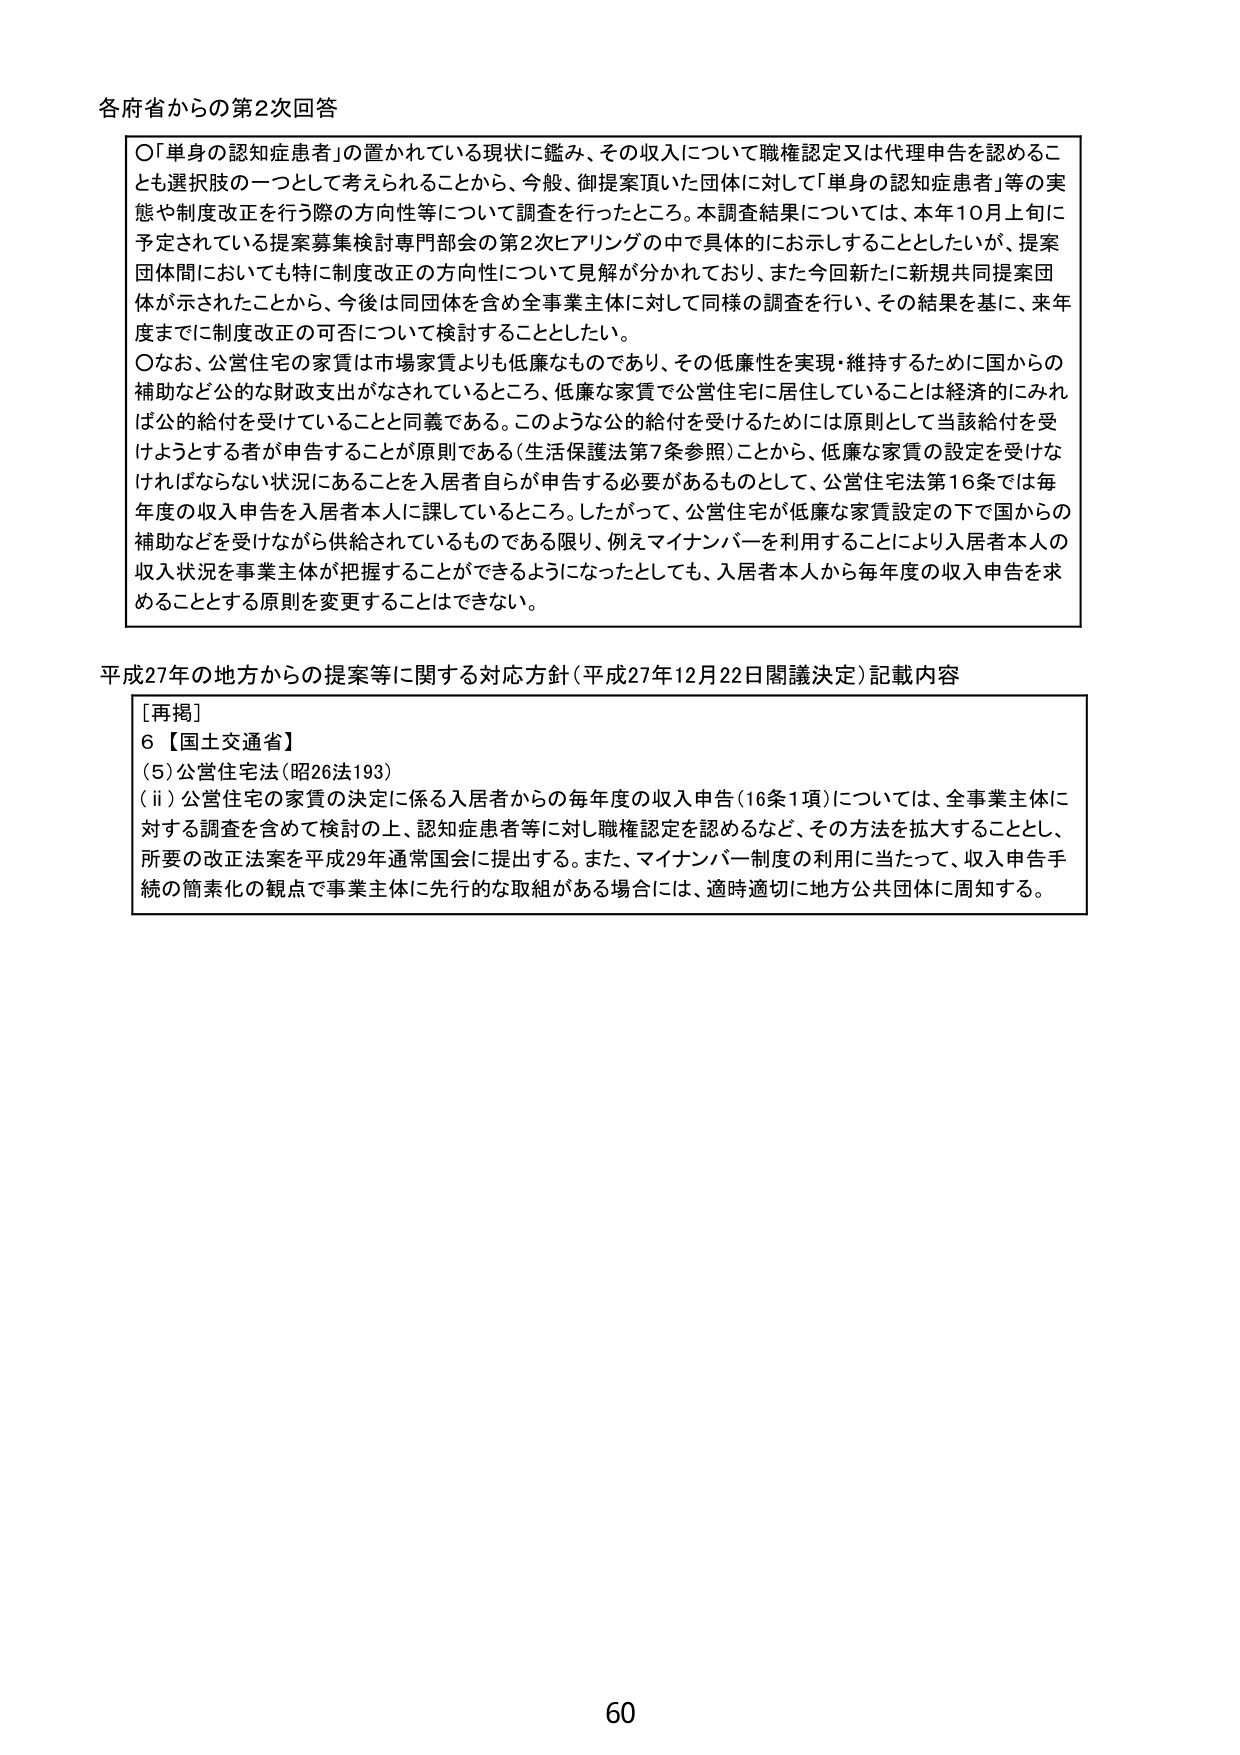
各府省からの第2次回答

〇「単身の認知症患者」の置かれている現状に鑑み、その収入について職権認定又は代理申告を認めるこ
とも選択肢の一つとして考えられることから、今般、御提案頂いた団体に対して「単身の認知症患者」等の実
態や制度改正を行う際の方向性等について調査を行ったところ。本調査結果については、本年10月上旬に
予定されている提案募集検討専門部会の第2次ヒアリングの中で具体的にお示しすることとしたいが、提案
団体間においても特に制度改正の方向性について見解が分かれており、また今回新たに新規共同提案団
体が示されたことから、今後は同団体を含め全事業主体に対して同様の調査を行い、その結果を基に、来年
度までに制度改正の可否について検討することとした。

〇なお、公営住宅の家賃は市場家賃よりも低廉なものであり、その低廉性を実現・維持するために国からの
補助など公的な財政支出がなされているところ、低廉な家賃で公営住宅に居住していることは経済的にみれ
ば公的給付を受けていることと同義である。このような公的給付を受けるためには原則として当該給付を受
けようとする者が申告することが原則である（生活保護法第7条参照）ことから、低廉な家賃の設定を受けな
ければならない状況にあることを入居者自らが申告する必要があるものとして、公営住宅法第16条では毎
年度の収入申告を入居者本人に課しているところ。したがって、公営住宅が低廉な家賃設定の下で国からの
補助などを受けるながら供給されているものである限り、例えマイナンバーを利用することにより入居者本人の
収入状況を事業主体が把握することができるようになったとしても、入居者本人から毎年度の収入申告を求
めることとする原則を変更することはできない。

平成27年の地方からの提案等に関する対応方針（平成27年12月22日閣議決定）記載内容

［再掲］
6【国土交通省】
（5）公営住宅法（昭26法193）
（ⅱ）公営住宅の家賃の決定に係る入居者からの毎年度の収入申告（16条1項）については、全事業主体に
対する調査を含めて検討の上、認知症患者等に対し職権認定を認めるなど、その方法を拡大することとし、
所要の改正法案を平成29年通常国会に提出する。また、マイナンバー制度の利用に当たって、収入申告手
続の簡素化の観点で事業主体に先行的な取組がある場合には、適時適切に地方公共団体に周知する。

60